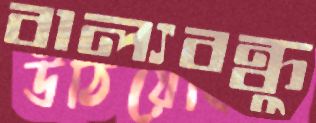
বাল্যবন্ধুু